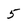
Character: 5